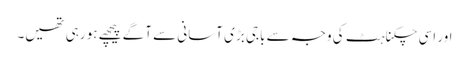
اور اسی چکناہٹ کی وجہ سے باجی بڑی آسانی سے آگے پیچھے ہو رہی تھیں۔